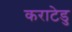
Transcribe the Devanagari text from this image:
कराटेडु